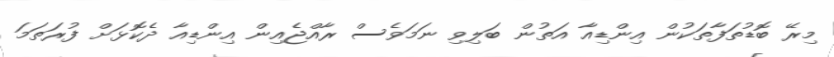
މިރޭ ބޮޑުތަފާތަކުން އިންޑިއާ އަތުން ބަލިވި ނަމަވެސް ރާއްޖެއިން އިންޑިއާ ދެކޮޅަށް ފުރަތަމަ